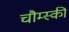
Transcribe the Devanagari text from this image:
चौम्स्की